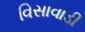
વિસાવાડી